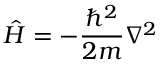
{ \hat { H } } = - { \frac { \hbar ^ { 2 } } { 2 m } } \nabla ^ { 2 }